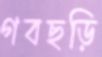
গবছড়ি